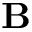
\mathbf { B }